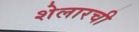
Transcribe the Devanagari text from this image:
शेलारची